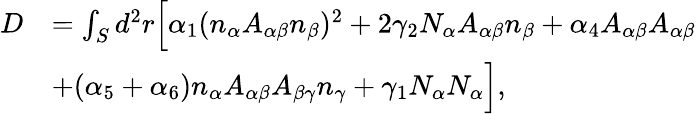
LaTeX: \begin{array}{rl}{D}&{=\int_{S}d^{2}r\Big[\alpha_{1}(n_{\alpha}A_{\alpha\beta}n_{\beta})^{2}+2\gamma_{2}N_{\alpha}A_{\alpha\beta}n_{\beta}+\alpha_{4}A_{\alpha\beta}A_{\alpha\beta}}\\ &{+(\alpha_{5}+\alpha_{6})n_{\alpha}A_{\alpha\beta}A_{\beta\gamma}n_{\gamma}+\gamma_{1}N_{\alpha}N_{\alpha}\Big],}\end{array}